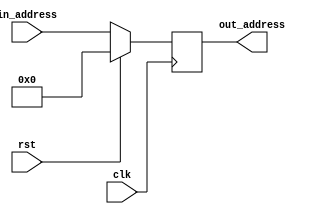
module programCounter(clk,in_address,out_address,rst);
input clk, rst;
input [31:0] in_address;
output [31:0] out_address;

reg [31:0] reg_address;

always @(posedge clk)
begin
	if(rst)
		reg_address = 32'h00000000;
	else
		reg_address = in_address;
	
//	$monitor("CLOCK: %b RESET: %b IN_ADDRESS: %h OUT_ADDRESS: %h", clk,rst,in_address,out_address);
end

assign out_address = reg_address;

endmodule